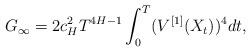
LaTeX: \begin{align*} G_\infty =2 c_H^2 T ^{4H-1}\int^T_0 (V^{[1]}(X_{t}))^4 dt, \end{align*}